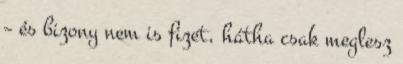
– és bizony nem is fizet, hátha csak meglesz